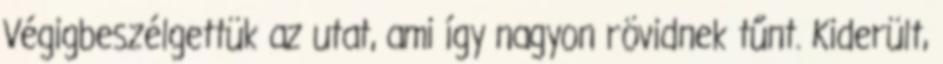
Végigbeszélgettük az utat, ami így nagyon rövidnek tűnt. Kiderült,